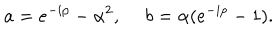
a = e ^ { - i p } - \alpha ^ { 2 } , ~ ~ b = \alpha ( e ^ { - i p } - 1 ) .